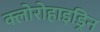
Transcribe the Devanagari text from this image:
क्लोरोहाइड्रिन